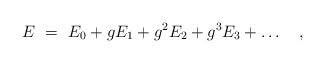
\begin{align*}E~=~E_0 + gE_1 + g^2E_2 + g^3E_3 + \ldots \quad , \end{align*}